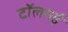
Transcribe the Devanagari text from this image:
टॉलमई